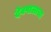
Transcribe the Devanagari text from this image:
देवपालाचा